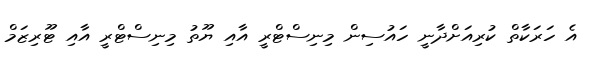
އެ ހަރަކާތް ކުރިއަށްދާނީ ހައުސިން މިނިސްޓްރީ އާއި ޔޫތު މިނިސްޓްރީ އާއި ޓޫރިޒަމް